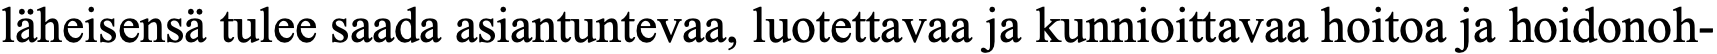
läheisensä tulee saada asiantuntevaa, luotettavaa ja kunnioittavaa hoitoa ja hoidonoh-